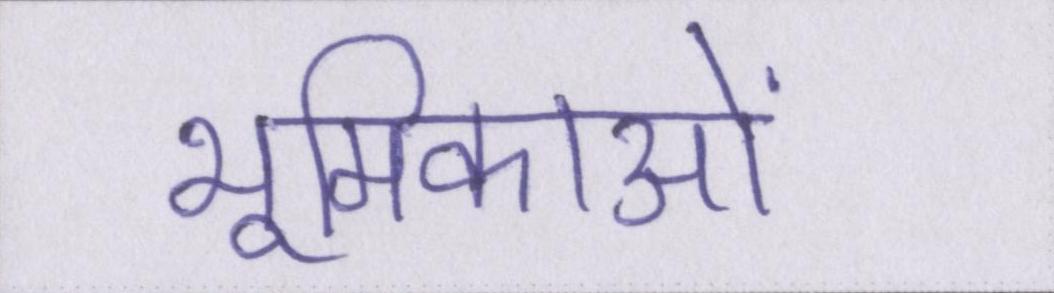
भूमिकाओं